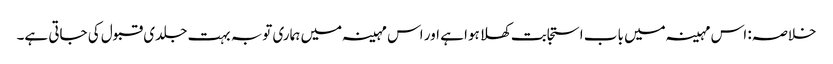
خلاصہ: اس مہینہ میں باب استجابت کھلا ہوا ہے اور اس مہینہ میں ہماری توبہ بہت جلدی قبول کی جاتی ہے۔